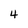
Character: 4